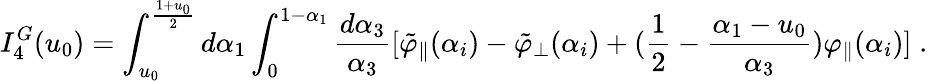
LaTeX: I_{4}^{G}(u_{0})=\int_{u_{0}}^{{\frac{1+u_{0}}{2}}}d\alpha_{1}\int_{0}^{1-\alpha_{1}}{\frac{d\alpha_{3}}{\alpha_{3}}}[\tilde{\varphi}_{\| }(\alpha_{i})-\tilde{\varphi}_{\bot}(\alpha_{i})+({\frac{1}{2}}-{\frac{\alpha_{1}-u_{0}}{\alpha_{3}}})\varphi_{\| }(\alpha_{i})]\; .